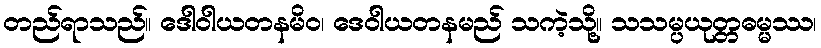
တည်ရာသည်။ ဒေါဝါယတနမိဝ၊ ဒေဝါယတနမည် သကဲ့သို့။ သသမ္ပယုတ္တဓမ္မဿ၊